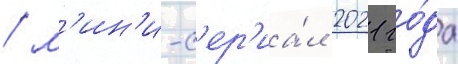
/ м'ин'и-с'ер'иа́л 2021 го́да